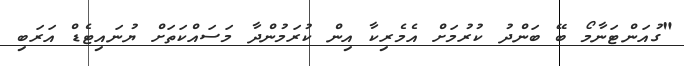
"ގުއަންޓަނާމޯ ބޭ ބަންދު ކުރުމަށް އެމެރިކާ އިން ކުރަމުންދާ މަސައްކަތަށް ޔުނައިޓެޑް އަރަބި